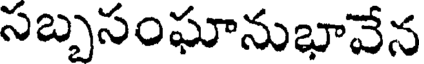
సబ్బసంఘానుభావేన